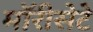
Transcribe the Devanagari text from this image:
मॉरीसेटे